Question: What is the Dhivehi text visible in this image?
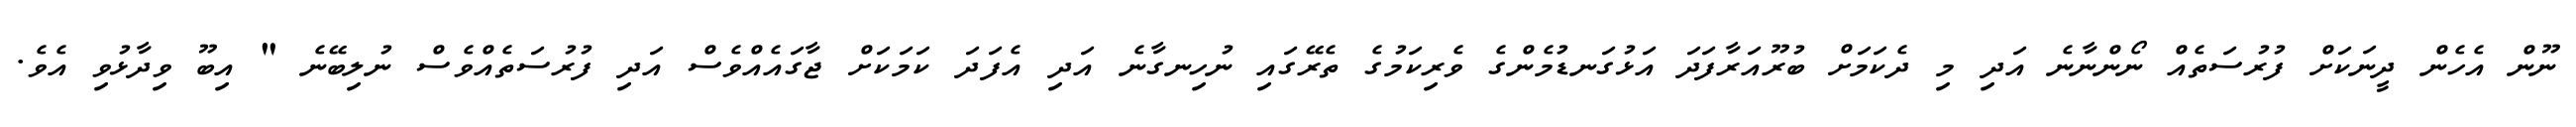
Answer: ނޫން އެހެން ދީނަކަށް ފުރުސަތެއް ނޯންނާނެ އަދި މި ދެކަމަށް ބުރޫއަރާފަދަ އަޅުގަނޑުމެންގެ ވެރިކަމުގެ ތެރޭގައި ނުހިނގާނެ އަދި އެފަދަ ކަމަކަށް ޖާގައެއްވެސް އަދި ފުރުސަތެއްވެސް ނުލިބޭނެ " އިބޫ ވިދާޅުވި އެވެ.